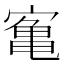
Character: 𫝰